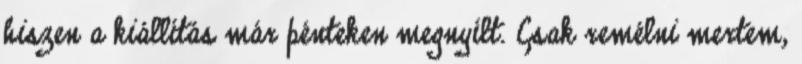
hiszen a kiállítás már pénteken megnyílt. Csak remélni mertem,